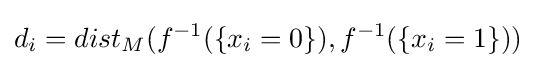
d_{i}=dist_{M}(f^{-1}(\{x_{i}=0\}),f^{-1}(\{x_{i}=1\}))